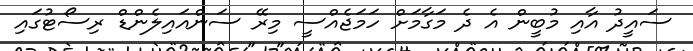
ސައީދު އާއި މުބީން އެ ދެ މަގާމަށް ހަމަޖެއްސީ މިރޭ ސަންއައިލެންޑް ރިސޯޓުގައި